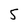
Character: 5